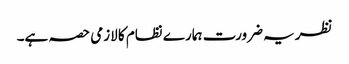
نظریہ ضرورت ہمارے نظام کا لازمی حصہ ہے۔